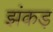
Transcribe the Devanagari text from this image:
झंकड़